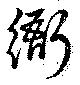
衙